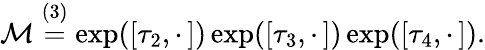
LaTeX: \mathcal{M}\overset{(3)}{=}\exp([\tau_{2},\cdot\, ])\exp([\tau_{3},\cdot\, ])\exp([\tau_{4},\cdot\, ]).